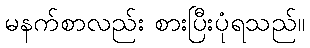
မနက်စာလည်း စားပြီးပုံရသည်။